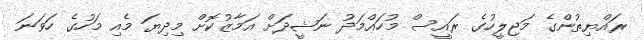
ރައްޔިތުންގެ މަޖިލީހުގެ ރައީސް މުހައްމަދު ނަޝީދަށް އަމާޒުކޮށް މިދިޔަ މެއި މަހުގެ ހަވަނަ